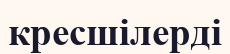
кресшілерді